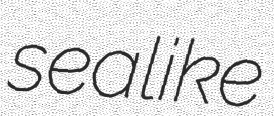
sealike